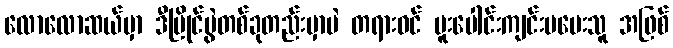
လောလောဆယ်မှာ ဒီပြိုင်ပွဲတစ်ခုတည်းမှာပဲ တရားဝင် ပူးပေါင်းကျင်းပပေးသူ အဖြစ်